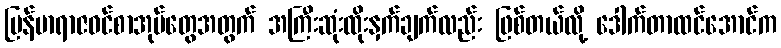
မြန်မာရာဇဝင်စာအုပ်တွေအတွက် အကြီးဆုံးထိုးနှက်ချက်လည်း ဖြစ်တယ်လို့ ဒေါက်တာထင်အောင်က